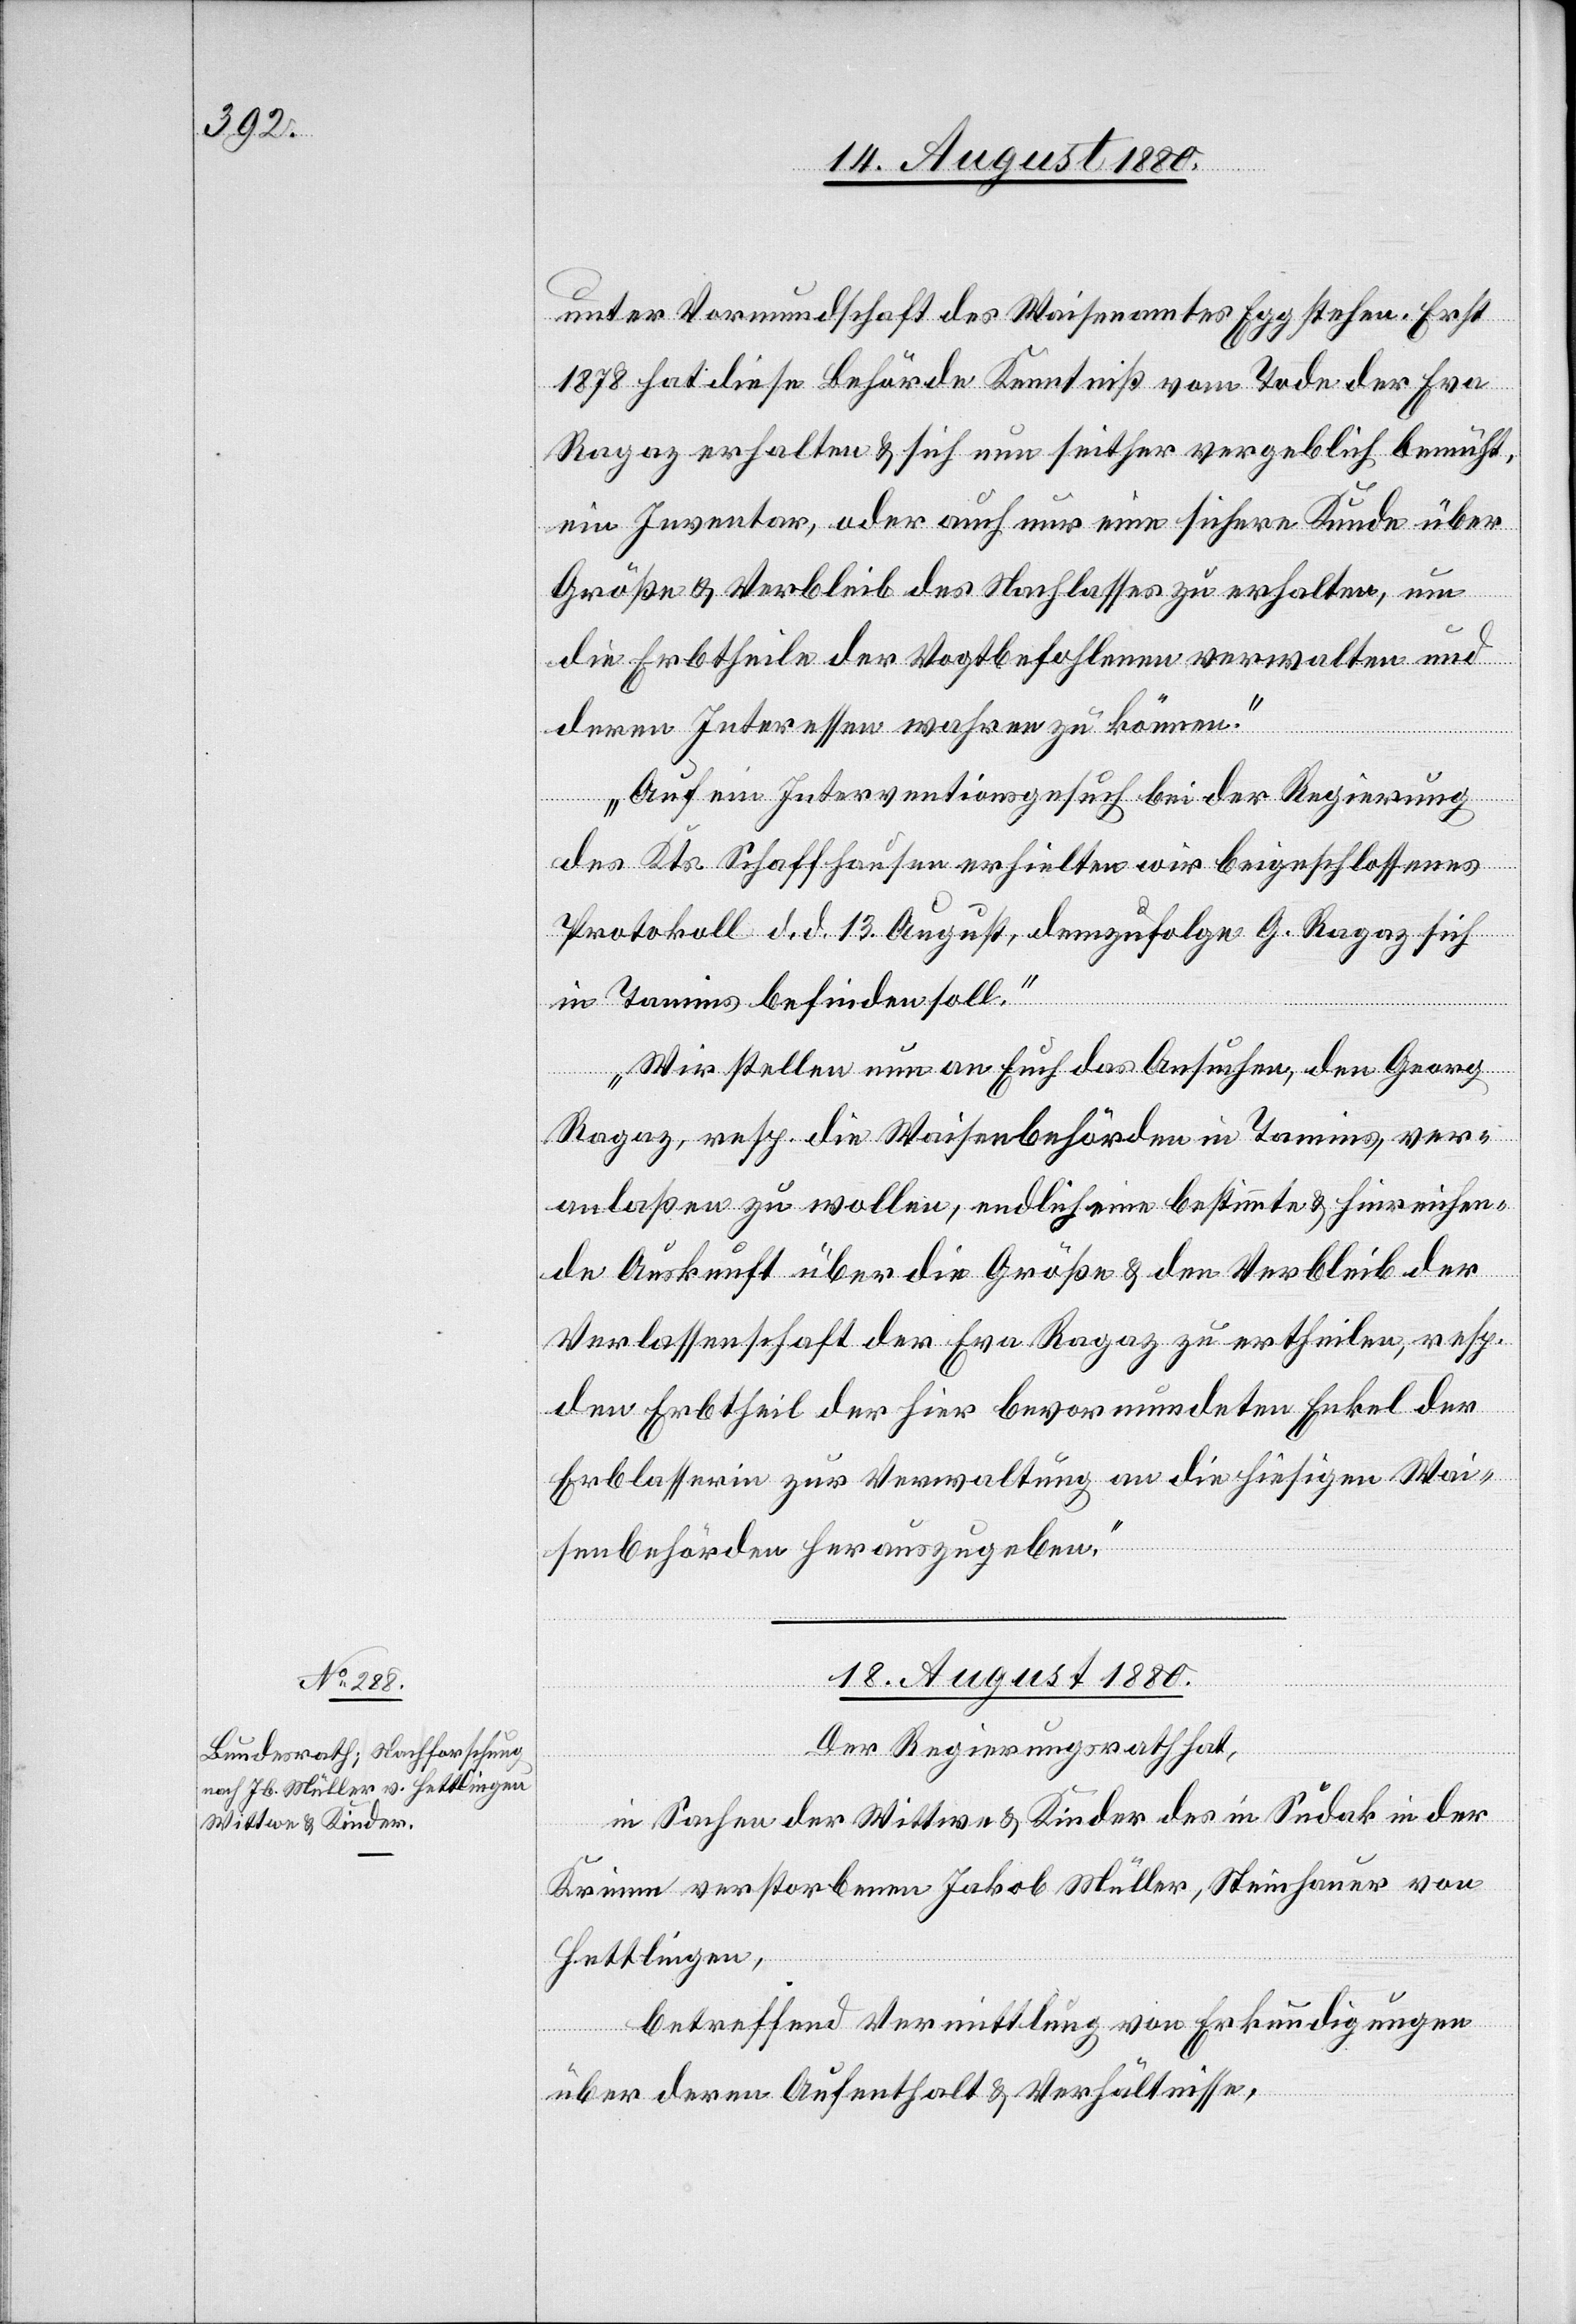
unter Vormundschaft des Waisenamtes Egg stehen. Erst
1878 hat diese Behörde Kenntniß vom Tode der Eva
Ragaz erhalten & sich nun seither vergeblich bemüht
ein Inventar, oder auch nur eine sichere Kunde über
Größe & Verbleib des Nachlasses zu erhalten, um
die Erbtheile der Vogtbefohlenen verwalten und
deren Interessen wahren zu können.
Auf ein Interventionsgesuch bei der Regierung
des Kts. Schaffhausen erhielten wir beigeschlossenes
Protokoll d. d. 13. August, demzufolge G. Ragaz sich
in Tamins befinden soll.
Wir stellen nun an Euch das Ansuchen, den Georg
Ragaz, resp. die Waisenbehörden in Tamins, ver¬
anlaßen zu wollen, endlich eine bestimmte & hinreichen¬
de Auskunft über die Größe & den Verbleib der
Verlassenschaft der Eva Ragaz zu ertheilen, resp.
den Erbtheil der hier bevormundeten Enkel der
Erblasserin zur Verwaltung an die hiesigen Wai¬
senbehörden herauszugeben.“
18. August 1880.
Der Regierungsrath hat,
in Sachen der Wittwe & Kinder des im Sudak in der
Krimm verstorbenen Jakob Müller, Steinhauer von
Hettlingen,
betreffend Vermittlung von Erkundigungen
über deren Aufenthalt & Verhältnisse,